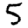
Digit: 5